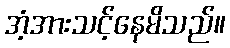
အံ့အားသင့်နေမိသည်။